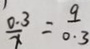
\frac { 0 . 3 } { x } = \frac { 9 } { 0 . 3 }